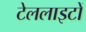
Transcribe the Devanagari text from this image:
टेललाइटों